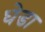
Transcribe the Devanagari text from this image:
धेडा